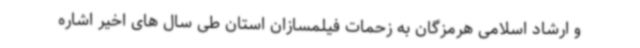
و ارشاد اسلامی هرمزگان به زحمات فیلمسازان استان طی سال های اخیر اشاره